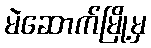
မဲဆောက်မြို့မှ